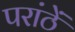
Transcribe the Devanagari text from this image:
परांठें